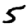
Digit: 5